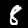
Digit: 8